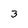
Character: 3